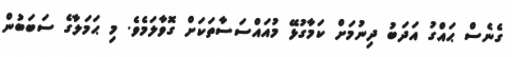
ގެނެސް ޙައްގު އަދަބު ދިނުމަށް ކަމާގުޅޭ މުއައްސަސާތަކަށް ގޮވާލަމެވެ. މި ޙަމަލާގެ ސަބަބުން